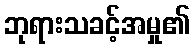
ဘုရားသခင့်အမှု၏